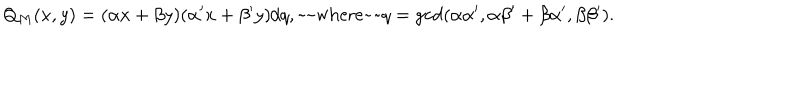
LaTeX: Q _ { M } ( x , y ) = ( \alpha x + \beta y ) ( \alpha ^ { \prime } x + \beta ^ { \prime } y ) / q , \mathrm { ~ ~ w h e r e ~ ~ } q = \gcd ( \alpha \alpha ^ { \prime } , \alpha \beta ^ { \prime } + \beta \alpha ^ { \prime } , \beta \beta ^ { \prime } ) .